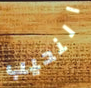
النحيب